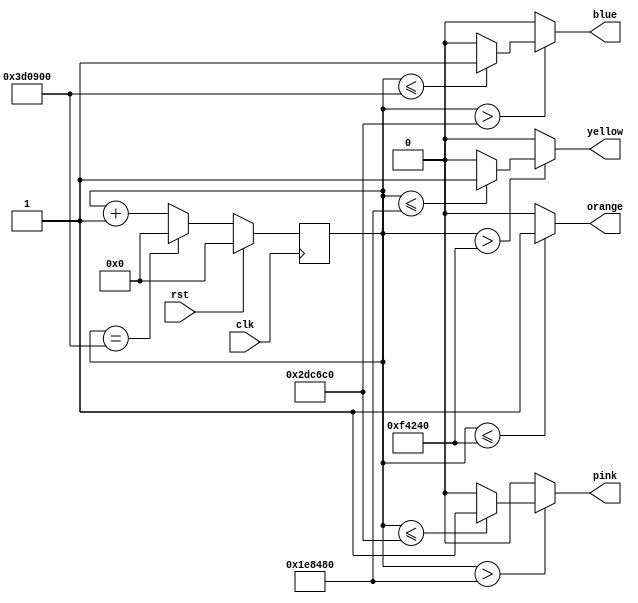
module step_controller (
  input clk,
  input rst,
  output reg orange,
  output reg yellow,
  output reg pink,
  output reg blue
  );

    reg [29:0]delay;
  
  always @(*) begin
        if(delay <= 30'd1000000) orange = 1;
        else orange = 0;
        if(delay > 30'd1000000)begin
            if(delay <= 30'd2000000)
                yellow = 1;
            else
                yellow = 0;
        end 
        else yellow = 0;
        if(delay > 30'd2000000)begin
            if(delay <= 30'd3000000)
                pink = 1;
            else
                pink = 0;
        end
        else pink = 0;
        if(delay > 30'd3000000)begin
            if(delay <= 30'd4000000)
                blue = 1;
            else
                blue = 0;
        end
        else blue = 0;
  end
	
  always @(posedge clk) begin
    if (rst) begin
        delay <= 1'b0;
    end
    else begin
        delay <= (delay == 30'd4000000) ? 0 : delay + 1;
    end
  end
endmodule